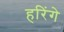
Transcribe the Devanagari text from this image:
हरिंगे